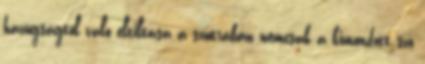
hazugságtól való eltiltása a szútrában nemcsak a kimondott szó